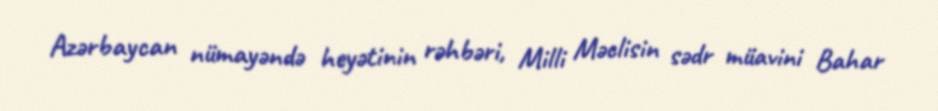
Azərbaycan nümayəndə heyətinin rəhbəri, Milli Məclisin sədr müavini Bahar